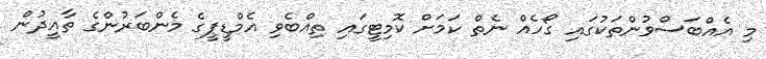
މި އެއްބަސްވުންތަކުގައި ގޯހެއް ނެތް ކަމަށް ކޮމިޓީގައި ތިއްބެވި އެމްޑީޕީގެ މެންބަރުންގެ ތާއީދުން